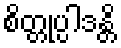
စိတ္တုပ္ပါဒန္တိ